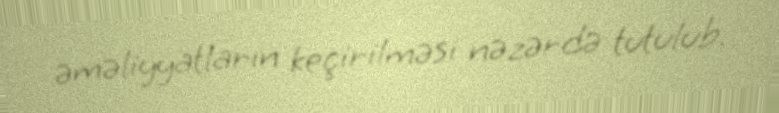
əməliyyatların keçirilməsi nəzərdə tutulub.